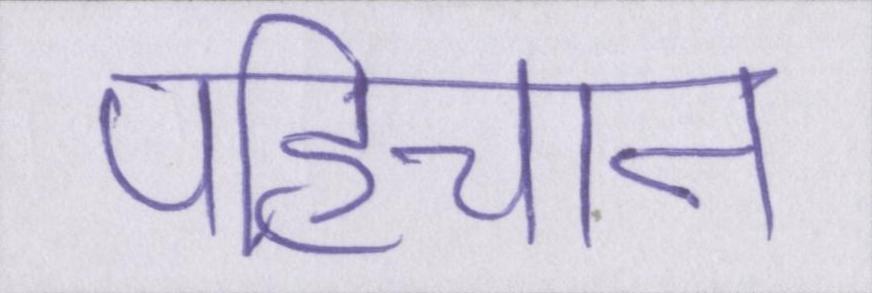
पहिचान